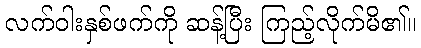
လက်ဝါးနှစ်ဖက်ကို ဆန့်ပြီး ကြည့်လိုက်မိ၏။